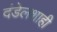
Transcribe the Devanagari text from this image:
दंडेलशाही